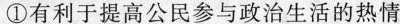
①有利于提高公民参与政治生活的热情